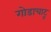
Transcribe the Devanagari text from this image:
गोडाचाटू